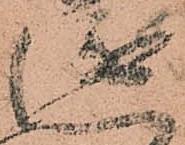
衛